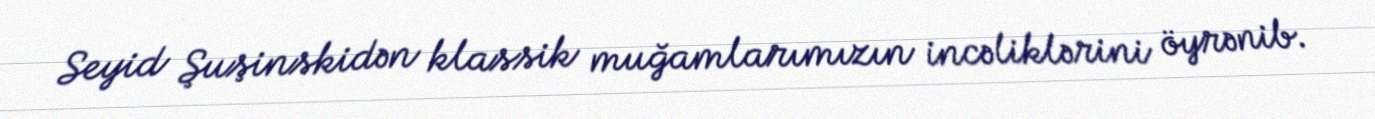
Seyid Şuşinskidən klassik muğamlarımızın incəliklərini öyrənib.